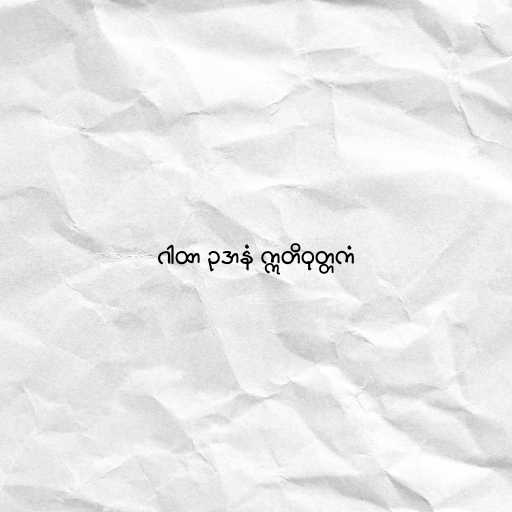
ဂါထာ ဥဒာနံ ဣတိဝုတ္တကံ